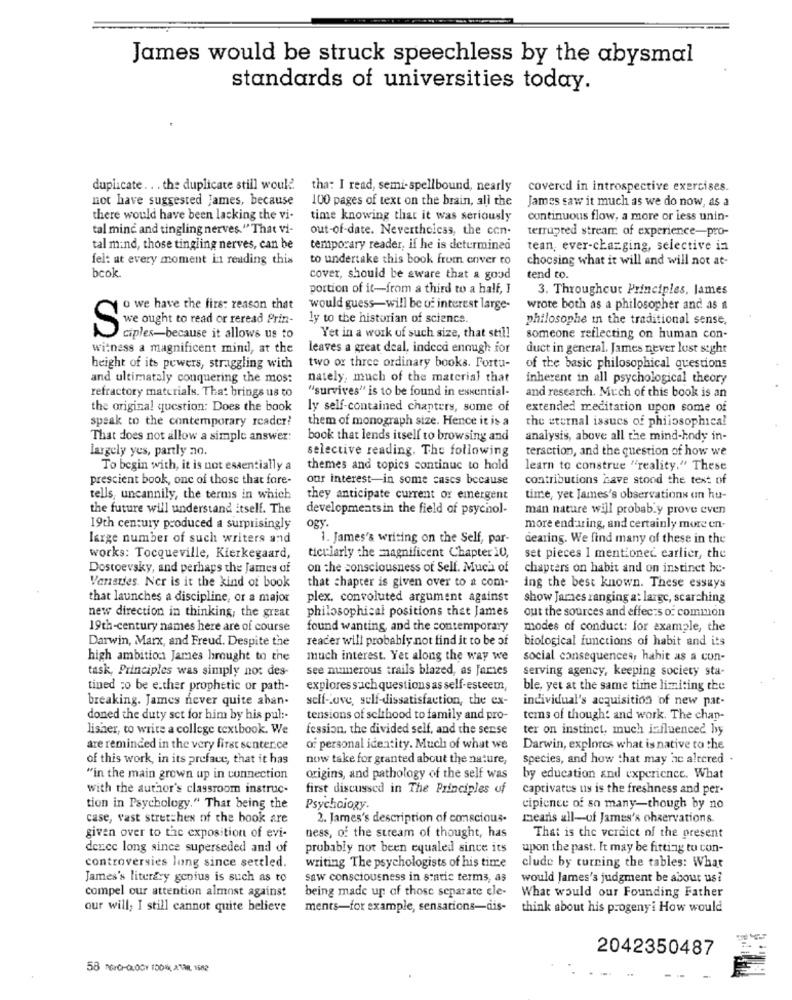
James would be struck speechless by the abysmal
standards of universities today.
duplicate .. . the duplicate still would.
tha: I read, semi-spellbound, nearly covered in introspective exercises.
not have suggested James, because
100 pages of text on the brain, all the
James saw it much as we do now, as a
there would have been lacking the vi-
time knowing that it was seriously
continuous flow, a more or less unin-
tal mine and tingling nerves. "That vi-
out-of-date. Nevertheless, the con-
terrupted stream of experience-pro-
tal mind, those tingling nerves, can be
temporary reader, if he is determined
tean, ever-changing, selective in
fel: at every moment in reading this
to undertake this book from enver to
choosing what it will and will not at-
bcok.
cover, should be aware that a good
tend to.
portion of it-from a third to a half, I
3. Throughout Principles, James
o we have the first reason that
would guess-will be of interest large-
wrote both as a philosopher and as a
we ought to read or reread Prin-
ly to the historian of science.
philosophe in the traditional sense,
S
ciples-because it allows us to
Yet in a work of such size, that still
someone reflecting on human con-
witness a magnificent mind, at the
leaves a great deal, indeed enough for
duct in general. James never lost sight
height of its powers, struggling with
two or three ordinary books. Fortu-
of the basic philosophical questions
and ultimately conquering the mos:
nately, much of the material that
inherent in all psychological theory
refractory materials. That brings us to
"survives" is to be found in essential-
and research. Much of this book is an
the original question: Does the book
ly self-contained chapters, some of
extended meditation upon some of
speak to the contemporary reader!
them of monograph size. Hence it is a
the eternal issues of philosophical
That does not allow a simple answer:
book that lends itself to browsing and
analysis, above all the mind-hody in-
largely yes, partly no.
selective reading. The following
teraction, and the question of how we
To begin with, it is not essentially a
themes and topics continuc to hold
learn to construe "reality." These
prescient book, one of those that fare-
our interest-in some cases because
contributions cave stood the text of
tells, uncannily, the terms in which
they anticipate current or emergent
time, yet James's observations an hu-
the future will understand itself. The
developmentsin the field of psychol-
man nature will probably prove even
19th century produced a surprisingly
ogy.
more enduring, and certainly more en-
large number of such writers and
1. James's writing on the Self, par-
dearing. We find many of these in the
works: Tocqueville, Kierkegaard,
ticularly the magnificent Chapter 10,
set pieces I mentioned earlier, the
Dostoevsky, and perhaps the James of
on the consciousness of Self. Much of
chapters on habit and on instinct he-
Vaneries. Ner is it the kind of book
that chapter is given over to a com-
ing the best known. These essays
that launches a discipline, or a major
plex. convoluted argument against
show James ranging at large, scarching
philosophical positions that James
new direction in thinking, the great
out the sources and effects of common
19th-century names here are of course
found wanting, and the contemporary
modes of conduct: for example, the
Darwin, Marx, and Freud. Despite the
reader will probably not find it to be of
biological functions of habit and its
high ambition James brought to the
much interest. Yet along the way we
social consequences, hahit as a con-
task, Principles was simply not des-
see numerous trails blazed, as faries
serving agency, keeping society sta-
tined ;o be e.ther prophetic or path-
explores sach questions as self-esteem,
ble, yet at the same time limiting the
breaking. James never quite aban-
self-Love, self-dissatisfaction, the ex-
individual's acquisition of new pat-
doned the duty sct for him by his pul:
tensions of selthood to family and pro-
tems of thought and work. The chan-
lisher, to write a college textbook. We
fession, the divided self, and the sense
ter on instinct, much influenced by
are reminded in the very first senter.ce
of personal identity. Much of what we
Darwin, explores what is native to the
of this work, in its preface, that it has
now take for granted about the nature,
Species, and how that may ac altered .
"in the main grown up in connection
origins, and pathology of the self was
by education and experience. What
with the author's classroom instruc-
first discussed in The Principles of
captivatus us is the freshness and per-
tion in Psychology." That being the
Psychciozy.
cipience of so many-though by no
case, vast stretches of the book are
2. James's description of conscious-
means all-of James's observations.
given over to the exposition of evi-
ness, of the stream of thought, has
That is the verdict of the present
deuce long since superseded and of
probably not been equaled since its
upon the past. It may be fitting to con-
controversies long since settled.
writing The psychologists of his time
clude by turning the tables: What
James's literary genius is such as to
saw consciousness in static terms, as
would James's judgment be about us?
compel our attention almost against
being made up of those separate ele-
What would our Founding Father
our will; I still cannot quite believe
ments-for example, sensations-dis-
think about his progenyi How would
2042350487